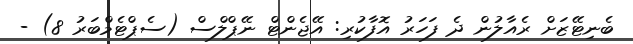
ބެނިޓޭޒަށް ރެއާލުން ދެ ފަހަރު އޮފާކުރި: އޭޖެންޓް ނޭޕްލްސް (ސެޕްޓެމްބަރު 8) -